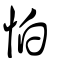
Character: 怕